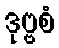
ဒုဗ္ဗစံ